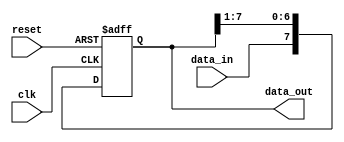
module serial_in_parallel_out (
    input clk,       // Clock input
    input reset,     // Reset input
    input data_in,   // Serial data input
    output [7:0] data_out // Parallel data output
);

reg [7:0] shift_reg; // Shift register to store serial data

// Shift register process
always @(posedge clk or posedge reset) begin
    if (reset) begin
        shift_reg <= 8'b0; // Reset shift register
    end else begin
        shift_reg <= {data_in, shift_reg[7:1]}; // Shift data through register
    end
end

// Assign parallel data output
assign data_out = shift_reg;

endmodule